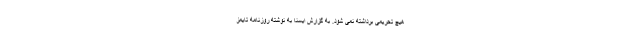
هیچ تحریمی برداشته نمی شود. به گزارش ایسنا به نوشته روزنامه تایمز